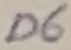
Text: D6